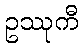
ဥဿုကီ